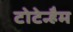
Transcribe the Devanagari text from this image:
टोटेन्हैम